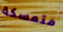
متمسكة